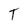
Character: T